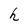
Character: h